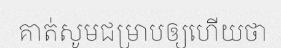
គាត់សូមជម្រាបឲ្យហើយថា